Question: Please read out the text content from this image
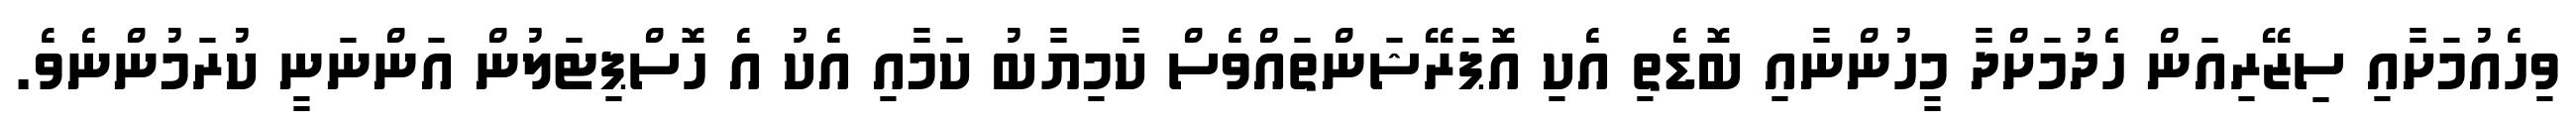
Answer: ވިހެއުމަށާއި ސިޒޭރިއަން ހެދުމަށްދާ މީހުންނާއި ބޮޑެތި އެކި އޮޕަރޭޝަންތައްވެސް ކާމިޔާބު ކަމާއި އެކު އެ ހޮސްޕިޓަލުން އަންނަނީ ކުރަމުންނެވެ.